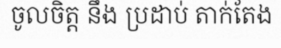
ចូលចិត្ត នឹង ប្រដាប់ តាក់តែង